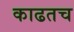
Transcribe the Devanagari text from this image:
काढतच